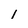
Character: 1